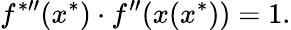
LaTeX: f^{{*}\prime\prime}(x^{*})\cdot f^{\prime\prime}(x(x^{*}))=1.